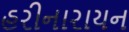
હરીનારાયન